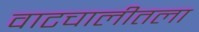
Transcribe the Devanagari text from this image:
वाटचालीतला